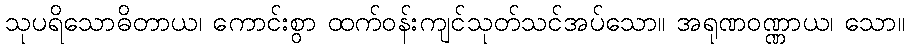
သုပရိသောဓိတာယ၊ ကောင်းစွာ ထက်ဝန်းကျင်သုတ်သင်အပ်သော။ အရုဏဝဏ္ဏာယ၊ သော။